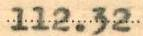
112.32